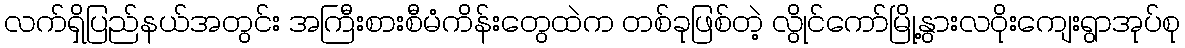
လက်ရှိပြည်နယ်အတွင်း အကြီးစားစီမံကိန်းတွေထဲက တစ်ခုဖြစ်တဲ့ လွိုင်ကော်မြို့နွားလဝိုးကျေးရွာအုပ်စု